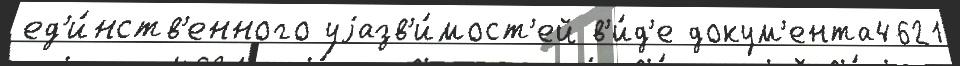
ед'и́нств'енного уjазв'и́мост'ей в'и́д'е докум'ента4621